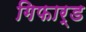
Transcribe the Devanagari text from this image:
गिफार्ड